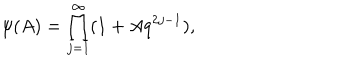
LaTeX: { \label A } \psi ( A ) = \prod _ { j = 1 } ^ { \infty } ( 1 + A q ^ { 2 j - 1 } ) ,